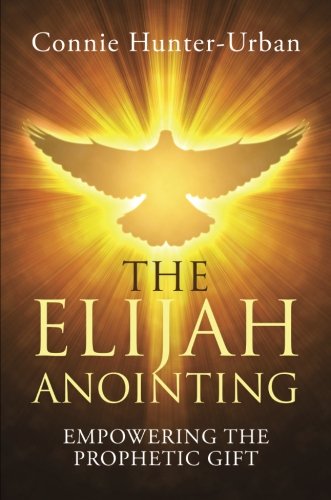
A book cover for The Elijah Anointing; Connie Hunter-Urban; Christian Books & Bibles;